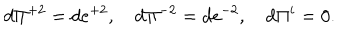
d \Pi ^ { + 2 } = d e ^ { + 2 } , \quad d \Pi ^ { - 2 } = d e ^ { - 2 } , \quad d \Pi ^ { i } = 0 .